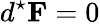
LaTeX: d^{\star}\mathbf{F}=0